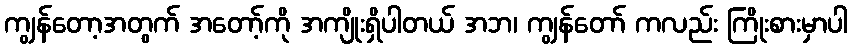
ကျွန်တော့အတွက် အတော့်ကို အကျိုးရှိပါတယ် အဘ၊ ကျွန်တော် ကလည်း ကြိုးစားမှာပါ